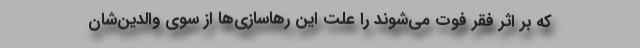
که بر اثر فقر فوت می‌شوند را علت این رهاسازی‌ها از سوی والدین‌شان